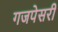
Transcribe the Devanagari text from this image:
गजपेसरी